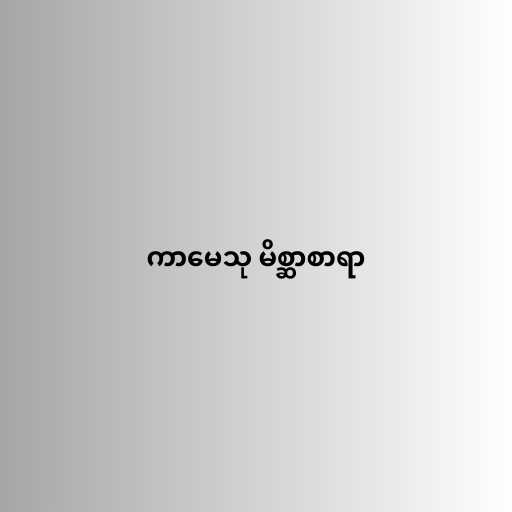
ကာမေသု မိစ္ဆာစာရာ